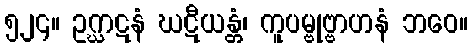
၅၂၄။ ဥဂ္ဃာဋနံ ဃဋီယန္တံ၊ ကူပမ္ဗုဗ္ဗာဟနံ ဘဝေ။